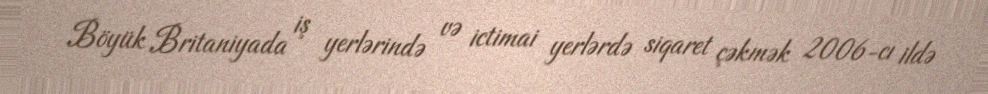
Böyük Britaniyada iş yerlərində və ictimai yerlərdə siqaret çəkmək 2006-cı ildə